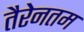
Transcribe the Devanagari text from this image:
तैरेनतम